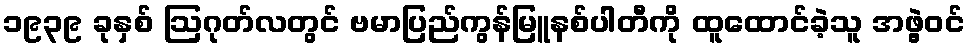
၁၉၃၉ ခုနှစ် ဩဂုတ်လတွင် ဗမာပြည်ကွန်မြူနစ်ပါတီကို ထူထောင်ခဲ့သူ အဖွဲ့ဝင်